Leaving Certificate Examination (including Day School Certificate (Higher) General paper), 1937
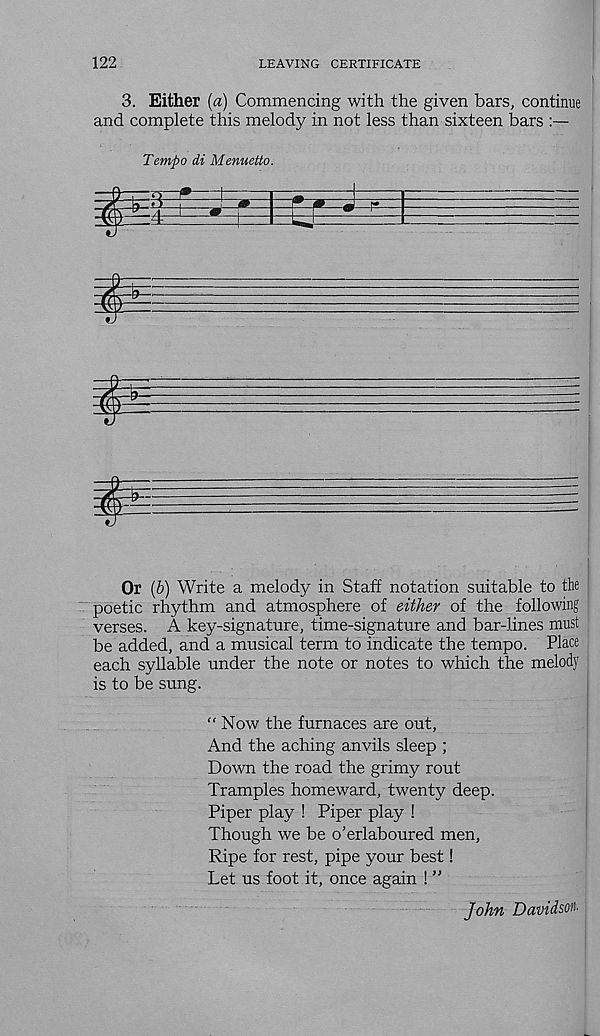
122
LEAVING CERTIFICATE
3. Either [a) Commencing with the given bars, continue
and complete this melody in not less than sixteen bars
Tempo di Menuetto.
Or (b) Write a melody in Staff notation suitable to the
poetic rhythm and atmosphere of either of the following
verses. A key-signature, time-signature and bar-lines must
be added, and a musical term to indicate the tempo. Place
each syllable under the note or notes to which the melody
is to be sung.
“Now the furnaces are out,
And the aching anvils sleep ;
Down the road the grimy rout
Tramples homeward, twenty deep.
Piper play ! Piper play !
Though we be o’erlaboured men,
Ripe for rest, pipe your best!
Let us foot it, once again ! ”
John Davidson